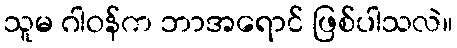
သူမ ဂါဝန်က ဘာအရောင် ဖြစ်ပါသလဲ။